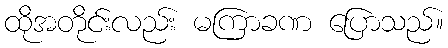
ထိုအတိုင်းလည်း မကြာခဏ ပြောသည်။